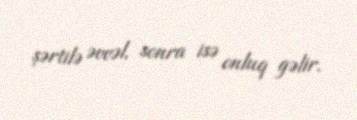
şərtilə əvvəl, sonra isə onluq gəlir.